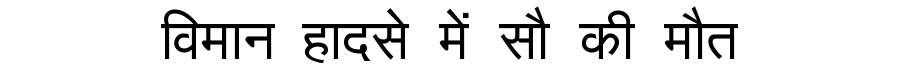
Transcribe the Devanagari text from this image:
विमान हादसे में सौ की मौत